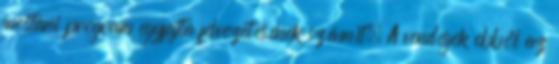
mostani program egyfajta felvezetésének számít. A vendégek ebből az